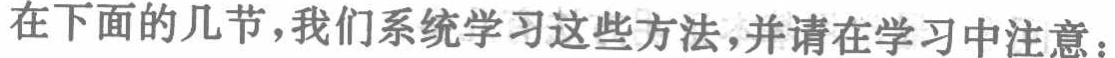
在下面的几节,我们系统学习这些方法,并请在学习中注意：